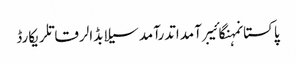
پاکستانمہنگائیبرآمداتدرآمدسیلابڈالرقاتلریکارڈ